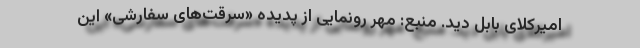
امیرکلای بابل دید. منبع: مهر رونمایی از پدیده «سرقت‌های سفارشی» این